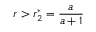
r > r _ { 2 } ^ { * } = \frac { a } { a + 1 }